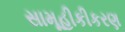
સામૂહીકીકરણ